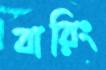
বারিং